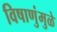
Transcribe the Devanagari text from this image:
विषाणुंमुळे